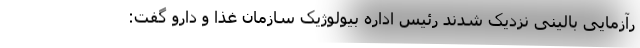
رآزمایی بالینی نزدیک شدند رئیس اداره بیولوژیک سازمان غذا و دارو گفت: